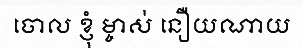
ចោល ខ្ញុំ ម្ចាស់ នឿយណាយ